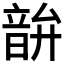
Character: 𫖘